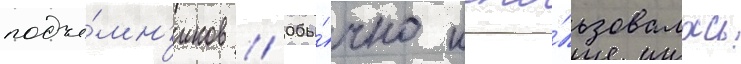
подъё́мн'иков // Обы́чно испо́льзовалась